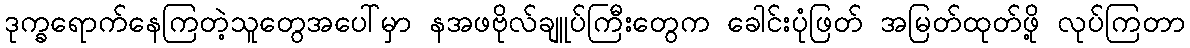
ဒုက္ခရောက်နေကြတဲ့သူတွေအပေါ်မှာ နအဖဗိုလ်ချူပ်ကြီးတွေက ခေါင်းပုံဖြတ် အမြတ်ထုတ်ဖို့ လုပ်ကြတာ